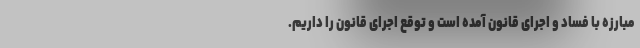
مبارزه با فساد و اجرای قانون آمده‌ است و توقع اجرای قانون را داریم.